Leaving Certificate Examination (including Day School Certificate (Higher) General paper), 1939
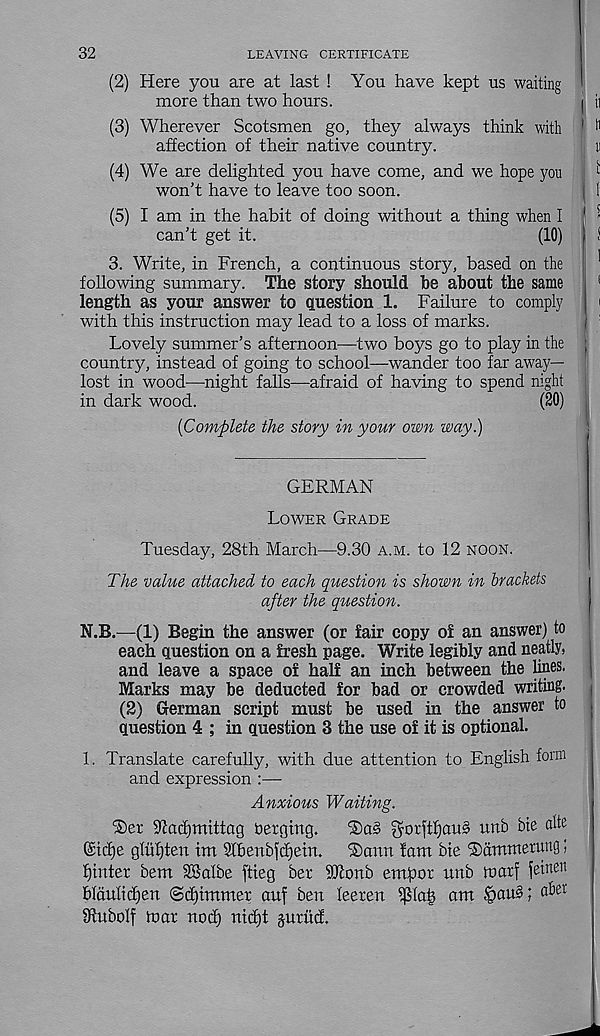
32
LEAVING CERTIFICATE
(2) Here you are at last ! You have kept us waiting
more than two hours.
I ii
(3) Wherever Scotsmen go, they always think with ! 11
affection of their native country.
D
(4) We are delighted you have come, and we hope you
^
won’t have to leave too soon.
i !
(5) I am in the habit of doing without a thing when I I -
can’t get it.
(10) j i
3. Write, in French, a continuous story, based on the
following summary. The story should he about the same
1
length as your answer to question 1. Failure to comply
with this instruction may lead to a loss of marks.
Lovely summer’s afternoon—two boys go to play in the |
country, instead of going to school—wander too far away-
lost in wood—night falls—afraid of having to spend night
in dark wood.
(20)
{Complete the story in your own way.)
GERMAN
Lower Grade
Tuesday, 28th March—9.30 a.m. to 12 noon.
The value attached to each question is shown in brackets
after the question.
N.B.—(1) Begin the answer (or fair copy of an answer) to
each question on a fresh page. Write legibly and neatly,
and leave a space of half an inch between the lines.
Marks may be deducted for bad or crowded writing.
(2) German script must be used in the answer to
,
question 4 ; in question 3 the use of it is optional.
1. Translate carefully, with due attention to English form
and expression :—
Anxious Waiting.
^acfjmittag betgmg.
$orjtf)au§ unb hie nlte
@tcf)e gliifjten im Sfbenbfdjein.
®ann fam bie fDdmmetung;
fjinter bem SBalbe ftieg ber SJtonb empor unb iuarf feinen
bloulicpen ©djtmmer auf ben leeren
am §au§; a^e r
SRuboIf foar nod) nid)t jurud.